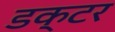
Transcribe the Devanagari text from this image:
डक्टर